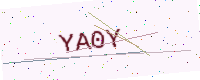
Text: YA0Y